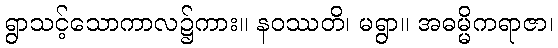
ရွာသင့်သောကာလ၌ကား။ နဝဿတိ၊ မရွာ။ အဓမ္မိကရာဇာ၊